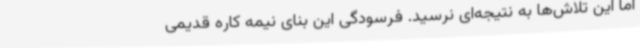
اما این تلاش‌ها به نتیجه‌ای نرسید. فرسودگی این بنای نیمه کاره قدیمی